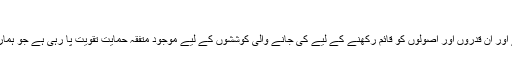
​
عالمی سطح پر اس پھيلتے ہوۓ عفريت کو روکنے اور ان قدروں اور اصولوں کو قائم رکھنے کے ليے کی جانے والی کوششوں کے ليے موجود متفقہ حمايت تقويت پا رہی ہے جو ہماری مشترکہ انسانی خواہشات کی غمازی کرتی ہے۔